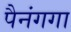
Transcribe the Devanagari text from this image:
पैनंगगा